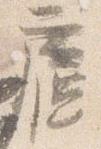
廬